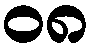
၀၈